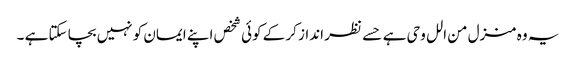
یہ وہ منزل من الل وحی ہے حسے نظر انداز کر کے کوئی شخص اپنے ایمان کو نہیں بچا سکتا ہے ۔